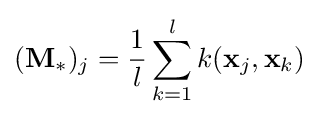
(\mathbf {M} _{*})_{j}={\frac {1}{l}}\sum _{k=1}^{l}k(\mathbf {x} _{j},\mathbf {x} _{k})